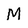
Character: M